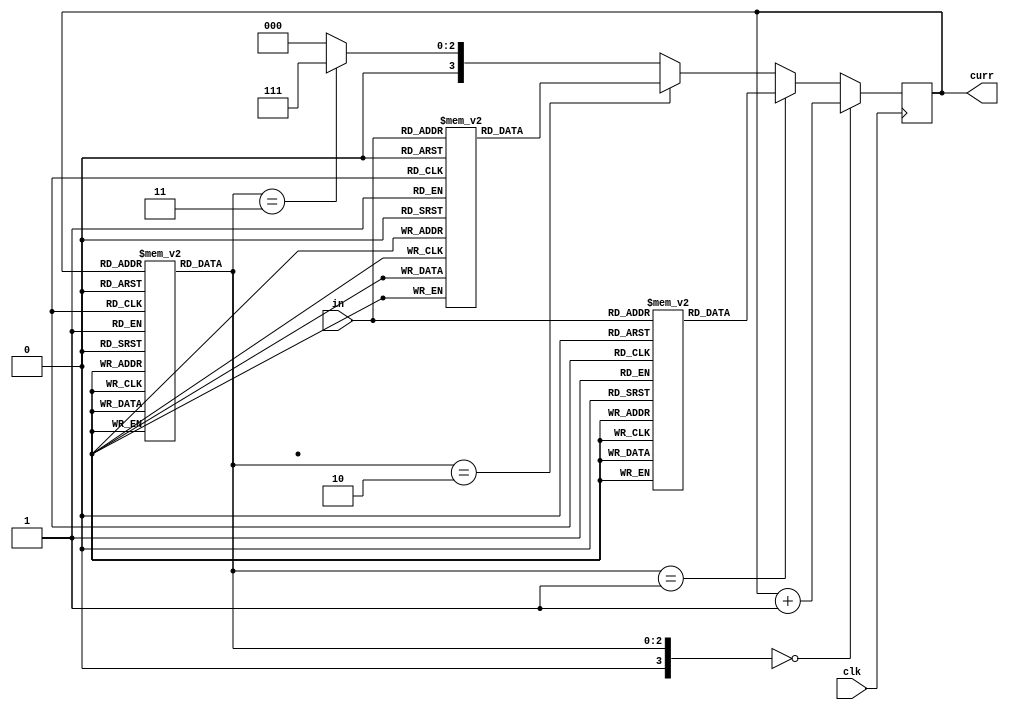
module implement(in,curr,clk);
	input [1:0] in;//2 bit input
	input clk;//clock
	
	output reg [3:0] curr=4'b0;//current state

	reg [2:0] microcode_rom [12:0];//13 states
	
	wire [3:0] micro_instruction;//4 bit microinstruction
	
	reg [3:0] dispatch_rom_1 [3:0];
	reg [3:0] dispatch_rom_2 [3:0];
	reg [3:0] dispatch_rom_3,dispatch_rom_4;
	
	initial begin
		microcode_rom[0]=0;
		microcode_rom[1]=0;
		microcode_rom[2]=0;
		microcode_rom[3]=1;
		microcode_rom[4]=3;
		microcode_rom[5]=3;
		microcode_rom[6]=3;
		microcode_rom[7]=0;
		microcode_rom[8]=0;
		microcode_rom[9]=0;
		microcode_rom[10]=2;
		microcode_rom[11]=4;
		microcode_rom[12]=4;
		dispatch_rom_1[0]=4;
		dispatch_rom_1[1]=5;
		dispatch_rom_1[2]=6;
		dispatch_rom_1[3]=6;
		dispatch_rom_2[0]=11;
		dispatch_rom_2[1]=12;
		dispatch_rom_2[2]=12;
		dispatch_rom_2[3]=12;
		dispatch_rom_3=7;
		dispatch_rom_4=0;
	end
	
	assign micro_instruction=microcode_rom[curr];
	always @(posedge clk) begin
		if (micro_instruction==0) begin
			curr<=#2 curr+1;
		end
		else if (micro_instruction==1) begin
			curr<=#2 dispatch_rom_1[in];
		end
		else if (micro_instruction==2) begin
			curr<=#2 dispatch_rom_2[in];
		end
		else if (micro_instruction==3) begin
			curr<=#2 dispatch_rom_3;
		end
		else begin
			curr<=#2 dispatch_rom_4;
		end
	end
endmodule